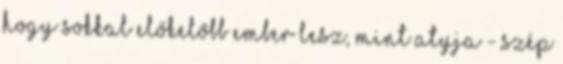
hogy sokkal előkelőbb ember lesz, mint atyja - szép